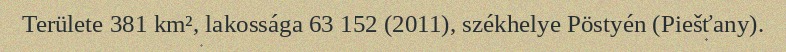
Területe 381 km², lakossága 63 152 (2011), székhelye Pöstyén (Piešťany).